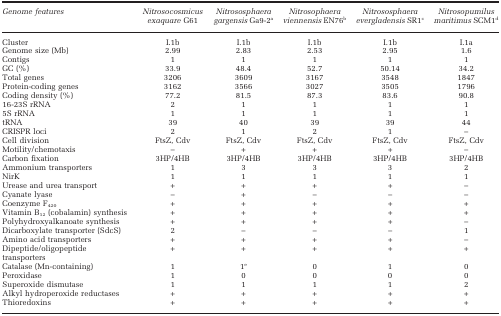
| Genome features | Nitrosocosmicus exaquare G61 | Nitrososphaera gargensis Ga9-2a | Nitrosophaera viennensis EN76b | Nitrososphaera evergladensis SR1c | Nitrosopumilus maritimus SCM1d |
 | --- | --- | --- | --- | --- | --- |
 | Cluster | I.1b | I.1b | I.1b | I.1b | I.1a |
 | Genome size (Mb) | 2.99 | 2.83 | 2.53 | 2.95 | 1.6 |
 | Contigs | 1 | 1 | 1 | 1 | 1 |
 | GC (%) | 33.9 | 48.4 | 52.7 | 50.14 | 34.2 |
 | Total genes | 3206 | 3609 | 3167 | 3548 | 1847 |
 | Protein-coding genes | 3162 | 3566 | 3027 | 3505 | 1796 |
 | Coding density (%) | 77.2 | 81.5 | 87.3 | 83.6 | 90.8 |
 | 16-23S rRNA | 2 | 1 | 1 | 1 | 1 |
 | 5S rRNA | 1 | 1 | 1 | 1 | 1 |
 | tRNA | 39 | 40 | 39 | 39 | 44 |
 | CRISPR loci | 2 | 1 | 2 | 1 | − |
 | Cell division | FtsZ, Cdv | FtsZ, Cdv | FtsZ, Cdv | FtsZ, Cdv | FtsZ, Cdv |
 | Motility/chemotaxis | − | + | + | + | − |
 | Carbon fixation | 3HP/4HB | 3HP/4HB | 3HP/4HB | 3HP/4HB | 3HP/4HB |
 | Ammonium transporters | 1 | 3 | 3 | 3 | 2 |
 | NirK | 1 | 1 | 1 | 1 | 1 |
 | Urease and urea transport | + | + | + | + | − |
 | Cyanate lyase | − | + | − | − | − |
 | Coenzyme F420 | + | + | + | + | + |
 | Vitamin B12 (cobalamin) synthesis | + | + | + | + | + |
 | Polyhydroxyalkanoate synthesis | + | + | + | + | − |
 | Dicarboxylate transporter (SdcS) | 2 | − | − | − | 1 |
 | Amino acid transporters | + | + | + | + | − |
 | Dipeptide/oligopeptide transporters | + | + | + | + | + |
 | Catalase (Mn-containing) | 1 | 1e | 0 | 1 | 0 |
 | Peroxidase | 1 | 0 | 0 | 0 | 0 |
 | Superoxide dismutase | 1 | 1 | 1 | 1 | 2 |
 | Alkyl hydroperoxide reductases | + | + | + | + | + |
 | Thioredoxins | + | + | + | + | + |